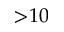
{ > } 1 0